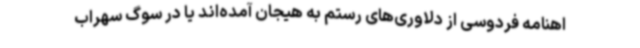
اهنامه فردوسی از دلاوری‌های رستم به هیجان آمده‌اند یا در سوگ سهراب